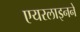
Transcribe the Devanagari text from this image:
एयरलाइनने